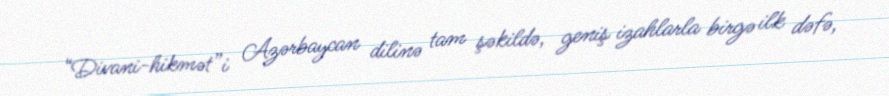
“Divani-hikmət”i Azərbaycan dilinə tam şəkildə, geniş izahlarla birgə ilk dəfə,